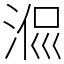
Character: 𣶜